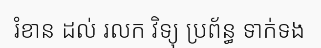
រំខាន ដល់ រលក វិទ្យុ ប្រព័ន្ធ ទាក់ទង